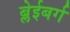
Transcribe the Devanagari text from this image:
ब्लेईबर्ग